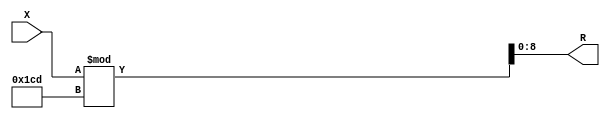
module x_500_mod_461_reg(
    input [500:1] X,
    output [9:1] R
    );


assign R = X % 461;

endmodule